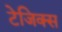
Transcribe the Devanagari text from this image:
टेजिक्स